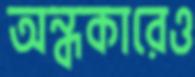
অন্ধকারেও